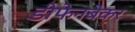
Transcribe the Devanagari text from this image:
डीफेनबेकर